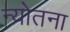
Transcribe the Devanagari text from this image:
न्योतना